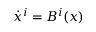
\dot { x } ^ { i } = B ^ { i } ( x )